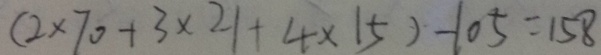
( 2 \times 7 0 + 3 \times 2 1 + 4 \times 1 5 ) - 1 0 5 = 1 5 8